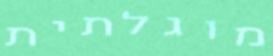
מוגלתית